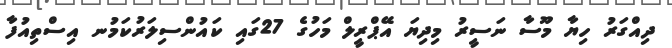
ދިއްގަރު ހިޔާ މޫސާ ނަސީރު މިދިޔަ އޭޕްރީލް މަހުގެ 27ގައި ކައުންސިލަރުކަމުނ އިސްތިއުފާ